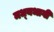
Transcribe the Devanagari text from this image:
मध्‍यभागी